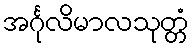
အင်္ဂုလိမာလသုတ္တံ